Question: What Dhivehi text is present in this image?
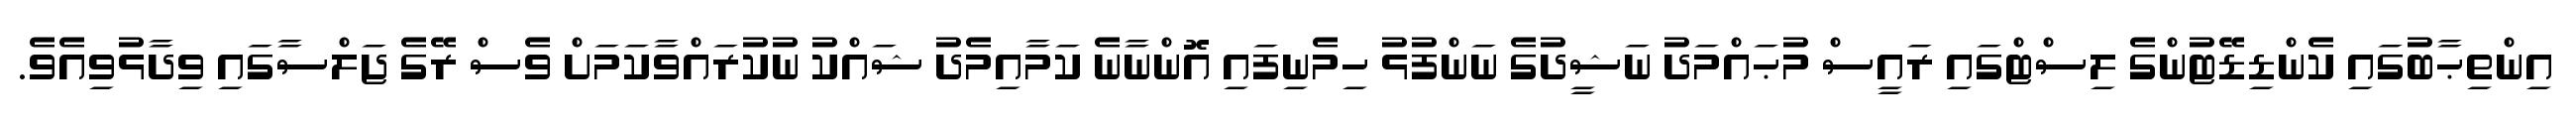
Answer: އިންތިޙާބުގައި ކެންޑިޑޭޓުންގެ ލިސްޓްގައި ރައީސް މުޙައްމަދު ނަޝީދުގެ ނަންފުޅު ހިމެނިފައި އޮންނާނެ ކަމާއިމެދު ޝައްކު ނުކުރައްވާކަމަށް ވެސް ރޭގެ ޖަލްސާގައި ވިދާޅުވިއެވެ.